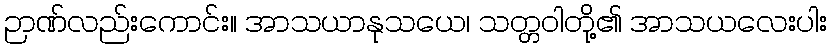
ဉာဏ်လည်းကောင်း။ အာသယာနုသယေ၊ သတ္တဝါတို့၏ အာသယလေးပါး